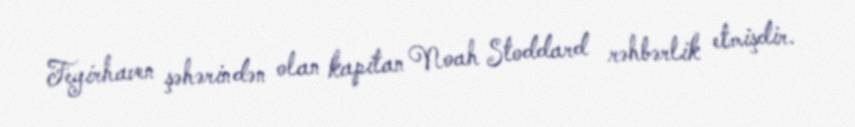
Feyirhaven şəhərindən olan kapitan Noah Stoddard rəhbərlik etmişdir.